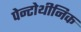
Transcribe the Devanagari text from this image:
पेन्टोथीनिक